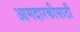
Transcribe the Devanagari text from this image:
आमदारकीसाठी